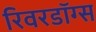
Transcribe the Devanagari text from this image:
रिवरडॉग्स